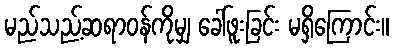
မည်သည့်ဆရာဝန်ကိုမျှ ခေါ်ဖူးခြင်း မရှိကြောင်း။